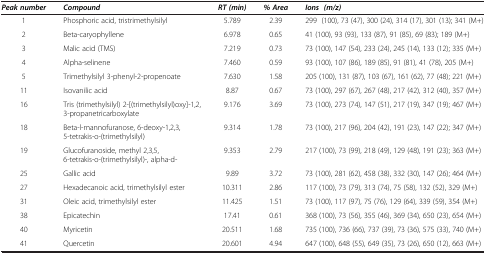
<table><thead><tr><td><b><i>Peak number</i></b></td><td><b><i>Compound</i></b></td><td><b><i>RT (min)</i></b></td><td><b><i>% Area</i></b></td><td><b><i>Ions (m/z)</i></b></td></tr></thead><tbody><tr><td>1</td><td>Phosphoric acid, tristrimethylsilyl</td><td>5.789</td><td>2.39</td><td>299 (100), 73 (47), 300 (24), 314 (17), 301 (13); 341 (M+)</td></tr><tr><td>2</td><td>Beta-caryophyllene</td><td>6.978</td><td>0.65</td><td>41 (100), 93 (93), 133 (87), 91 (85), 69 (83); 189 (M+)</td></tr><tr><td>3</td><td>Malic acid (TMS)</td><td>7.219</td><td>0.73</td><td>73 (100), 147 (54), 233 (24), 245 (14), 133 (12); 335 (M+)</td></tr><tr><td>4</td><td>Alpha-selinene</td><td>7.460</td><td>0.59</td><td>93 (100), 107 (86), 189 (85), 91 (81), 41 (78), 205 (M+)</td></tr><tr><td>5</td><td>Trimethylsilyl 3-phenyl-2-propenoate</td><td>7.630</td><td>1.58</td><td>205 (100), 131 (87), 103 (67), 161 (62), 77 (48); 221 (M+)</td></tr><tr><td>11</td><td>Isovanilic acid</td><td>8.87</td><td>0.67</td><td>73 (100), 297 (67), 267 (48), 217 (42), 312 (40), 357 (M+)</td></tr><tr><td>16</td><td>Tris (trimethylsilyl) 2-[(trimethylsilyl)oxy]-1,2,3-propanetricarboxylate</td><td>9.176</td><td>3.69</td><td>73 (100), 273 (74), 147 (51), 217 (19), 347 (19); 467 (M+)</td></tr><tr><td>18</td><td>Beta-l-mannofuranose, 6-deoxy-1,2,3,5-tetrakis-o-(trimethylsilyl)</td><td>9.314</td><td>1.78</td><td>73 (100), 217 (96), 204 (42), 191 (23), 147 (22); 347 (M+)</td></tr><tr><td>19</td><td>Glucofuranoside, methyl 2,3,5,6-tetrakis-o-(trimethylsilyl)-, alpha-d-</td><td>9.353</td><td>2.79</td><td>217 (100), 73 (99), 218 (49), 129 (48), 191 (23); 363 (M+)</td></tr><tr><td>25</td><td>Gallic acid</td><td>9.89</td><td>3.72</td><td>73 (100), 281 (62), 458 (38), 332 (30), 147 (26); 464 (M+)</td></tr><tr><td>27</td><td>Hexadecanoic acid, trimethylsilyl ester</td><td>10.311</td><td>2.86</td><td>117 (100), 73 (79), 313 (74), 75 (58), 132 (52), 329 (M+)</td></tr><tr><td>31</td><td>Oleic acid, trimethylsilyl ester</td><td>11.425</td><td>1.51</td><td>73 (100), 117 (97), 75 (76), 129 (64), 339 (59), 354 (M+)</td></tr><tr><td>38</td><td>Epicatechin</td><td>17.41</td><td>0.61</td><td>368 (100), 73 (56), 355 (46), 369 (34), 650 (23), 654 (M+)</td></tr><tr><td>40</td><td>Myricetin</td><td>20.511</td><td>1.68</td><td>735 (100), 736 (66), 737 (39), 73 (36), 575 (33), 740 (M+)</td></tr><tr><td>41</td><td>Quercetin</td><td>20.601</td><td>4.94</td><td>647 (100), 648 (55), 649 (35), 73 (26), 650 (12), 663 (M+)</td></tr></tbody></table>